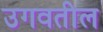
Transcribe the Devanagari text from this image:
उगवतील